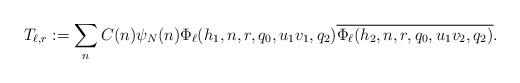
LaTeX: \begin{align*}T_{\ell,r} :=\sum_n C(n)\psi_N(n) \Phi_{\ell}(h_1,n, r,q_0,u_1v_1, q_2)\overline{ \Phi_{\ell}(h_2,n, r,q_0,u_1v_2,q_2)}.\end{align*}